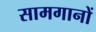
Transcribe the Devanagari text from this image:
सामगानों